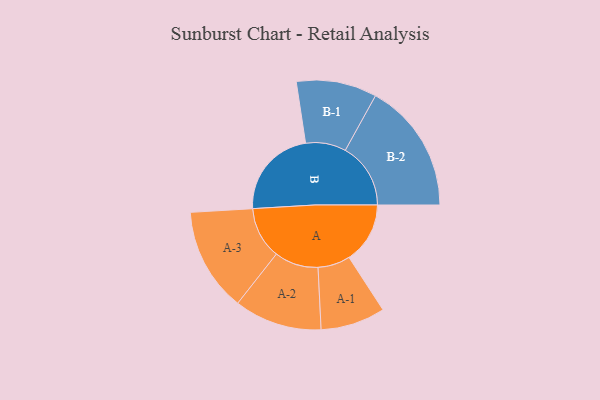
{"axis": {"x": "Segment", "y": "Value"}, "legend": ["", "A", "B"], "data": [{"x": "A", "y": 253, "type": ""}, {"x": "B", "y": 376, "type": ""}, {"x": "A-1", "y": 134, "type": "A"}, {"x": "A-2", "y": 182, "type": "A"}, {"x": "A-3", "y": 215, "type": "A"}, {"x": "B-1", "y": 167, "type": "B"}, {"x": "B-2", "y": 271, "type": "B"}]}